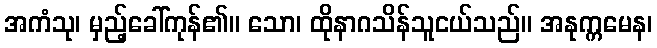
အကံသု၊ မှည့်ခေါ်ကုန်၏။ သော၊ ထိုနာဂသိန်သူငယ်သည်။ အနုက္ကမေန၊